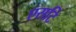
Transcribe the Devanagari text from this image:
एसटि